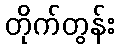
တိုက်တွန်း